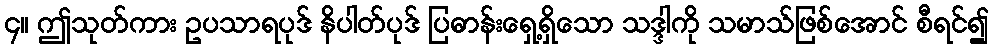
၄။ ဤသုတ်ကား ဥပသာရပုဒ် နိပါတ်ပုဒ် ပြဓာန်းရှေ့ရှိသော သဒ္ဒါကို သမာသ်ဖြစ်အောင် စီရင်၍